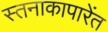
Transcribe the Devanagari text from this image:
स्तनाकापारेंत